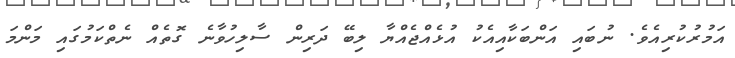
އަމުރުކުރިއެވެ. ނުބައި އަންބަކާއިއެކު އުޅެއްޖެއްޔާ ލިބޭ ދަރިން ސާލިހުވާނެ ގޮތެއް ނެތްކަމުގައި މަންމަ